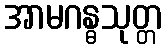
အာမဂန္ဓသုတ္တ